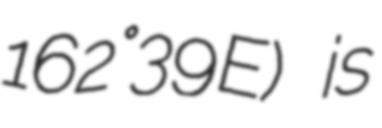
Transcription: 162°39′E) is